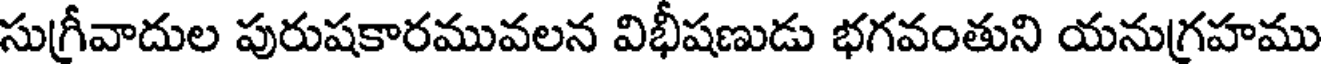
సుగ్రీవాదుల పురుషకారమువలన విభీషణుడు భగవంతుని యనుగ్రహము